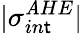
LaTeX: \vert\sigma_{in\mathsf{t}}^{\mathit{A}HE}\vert